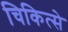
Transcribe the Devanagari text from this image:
चिकित्से